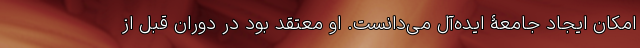
امکان ایجاد جامعۀ ایده‌آل می‌دانست. او معتقد بود در دوران قبل از